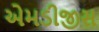
એમડીજીસ